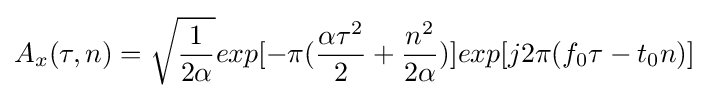
A_{x}(\tau ,n)={\sqrt {\frac {1}{2\alpha }}}exp[-\pi ({\frac {\alpha \tau ^{2}}{2}}+{\frac {n^{2}}{2\alpha }})]exp[j2\pi (f_{0}\tau -t_{0}n)]